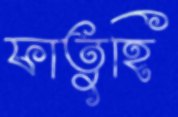
ফাতুহি